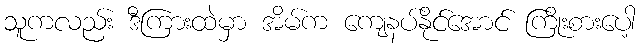
သူကလည်း ဒီကြားထဲမှာ အိမ်က ကျေနပ်နိုင်အောင် ကြိုးစားပေါ့